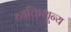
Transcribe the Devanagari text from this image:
व्यक्तिशून्य